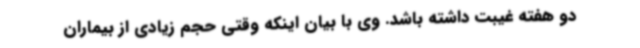
دو هفته غیبت داشته باشد. وی با بیان اینکه وقتی حجم زیادی از بیماران